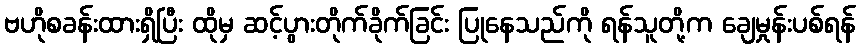
ဗဟိုစခန်းထားရှိပြီး ထိုမှ ဆင့်ပွားတိုက်ခိုက်ခြင်း ပြုနေသည်ကို ရန်သူတို့က ချေမှုန်းပစ်ရန်